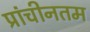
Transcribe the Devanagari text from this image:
प्रांचीनतम